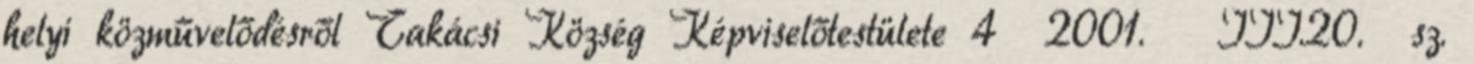
helyi közművelődésről Takácsi Község Képviselőtestülete 4 2001. III.20. sz.